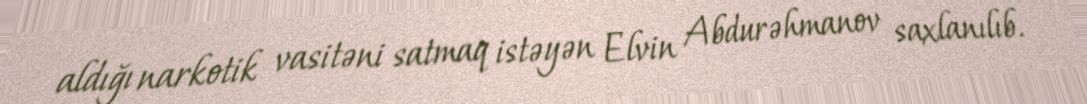
aldığı narkotik vasitəni satmaq istəyən Elvin Abdurəhmanov saxlanılıb.